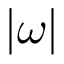
| \omega |